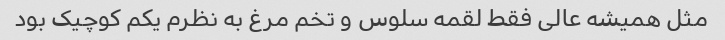
مثل همیشه عالی فقط لقمه سلوس و تخم مرغ به نظرم یکم کوچیک بود